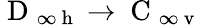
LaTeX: \mathrm{~D~}_{\infty\mathrm{~h~}}\to\mathrm{~C~}_{\infty\mathrm{~v~}}